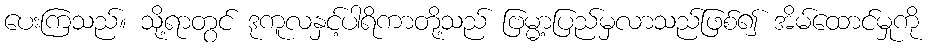
ပေးကြသည်။ သို့ရာတွင် ဒုကူလနှင့်ပါရိကာတို့သည် ဗြမ္မာ့ပြည်မှလာသည်ဖြစ်၍ အိမ်ထောင်မှုကို